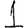
Digit: 1